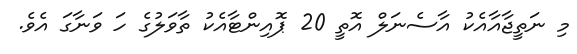
މި ނަތީޖާއާއެކު އާސެނަލް އޮތީ 20 ޕޮއިންޓާއެކު ތާވަލުގެ ހަ ވަނާގަ އެވެ.